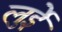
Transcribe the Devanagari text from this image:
लुईे